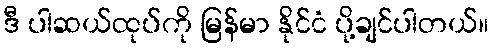
ဒီ ပါဆယ်ထုပ်ကို မြန်မာ နိုင်ငံ ပို့ချင်ပါတယ်။